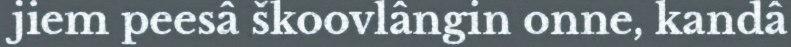
jiem peesâ škoovlângin onne, kandâ